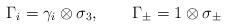
LaTeX: \begin{align*} \Gamma _i = \gamma _i \otimes \sigma _3, \qquad\Gamma _\pm = 1 \otimes \sigma _\pm\end{align*}